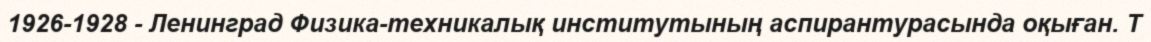
1926-1928 - Ленинград Физика-техникалық институтының аспирантурасында оқыған. Т